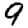
Digit: 9